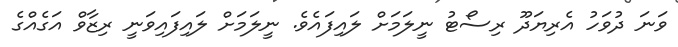
ވަނަ ދުވަހު އެރިޔަދޫ ރިސޯޓު ނީލަމަށް ލައިފައެވެ. ނީލަމަށް ލައިފައިވަނީ ރިޒާވް އަގެއްގެ